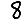
Digit: 8